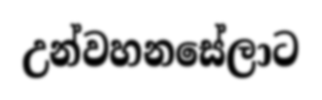
උන්වහනසේලාට